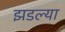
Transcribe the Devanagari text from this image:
झडल्या